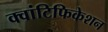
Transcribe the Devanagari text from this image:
क्वांटिफिकेशन